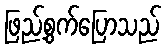
ဖြည့်စွက်ပြောသည်